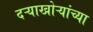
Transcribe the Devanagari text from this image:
दऱ्याखोऱ्यांच्या